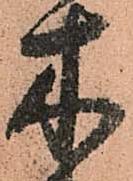
木